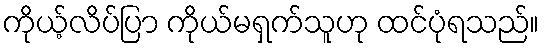
ကိုယ့်လိပ်ပြာ ကိုယ်မရှက်သူဟု ထင်ပုံရသည်။